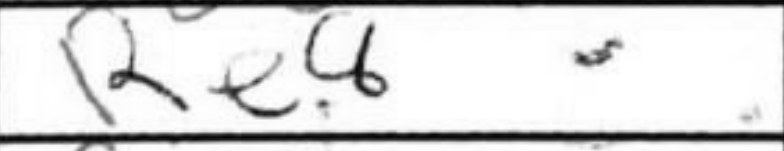
Transcription: Re8